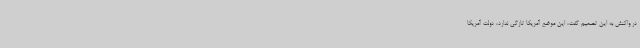
در واکنش به این تصمیم گفت، این موضع آمریکا تازگی ندارد، دولت آمریکا